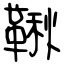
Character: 鞦